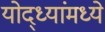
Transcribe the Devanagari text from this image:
योद्ध्यांमध्ये